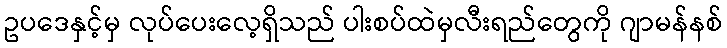
ဥပဒေနှင့်မှ လုပ်ပေးလေ့ရှိသည် ပါးစပ်ထဲမှလီးရည်တွေကို ဂျာမန်နစ်